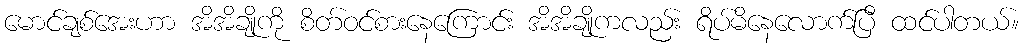
မောင်ချစ်အေးဟာ အိအိချိုကို စိတ်ဝင်စားနေကြောင်း အိအိချိုကလည်း ရိပ်မိနေလောက်ပြီ ထင်ပါတယ်။